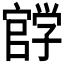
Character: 𰌰